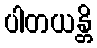
ပါတယန္တိ